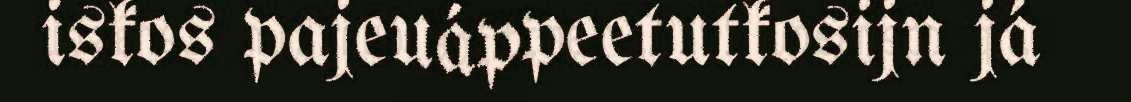
iskos pajeuáppeetutkosijn já